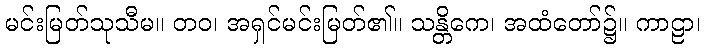
မင်းမြတ်သုသီမ။ တဝ၊ အရှင်မင်းမြတ်၏။ သန္တိကေ၊ အထံတော်၌။ ကာဠာ၊